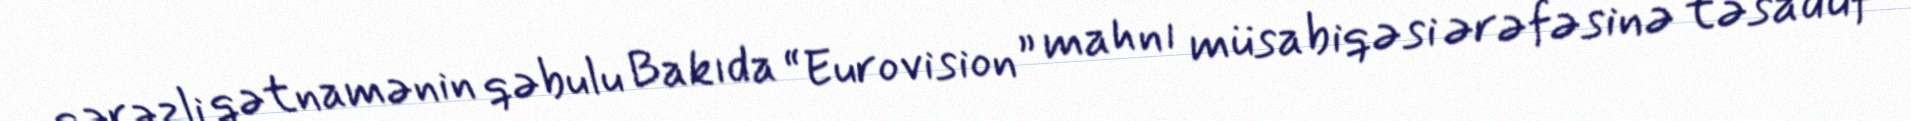
qərəzli qətnamənin qəbulu Bakıda “Eurovision” mahnı müsabiqəsi ərəfəsinə təsadüf